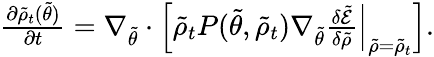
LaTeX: \begin{array}{r}{\frac{\partial\tilde{\rho}_{t}(\tilde{\theta})}{\partial t}=\nabla_{\tilde{\theta}}\cdot\Bigl[\tilde{\rho}_{t}P(\tilde{\theta},\tilde{\rho}_{t})\nabla_{\tilde{\theta}}\frac{\delta\tilde{\mathcal{E}}}{\delta\tilde{{\rho}}}\Bigr|_{\tilde{\rho}=\tilde{\rho}_{t}}\Bigr].}\end{array}